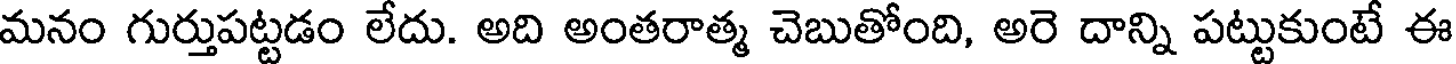
మనం గుర్తుపట్టడం లేదు. అది అంతరాత్మ చెబుతోంది, అరె దాన్ని పట్టుకుంటే ఈ